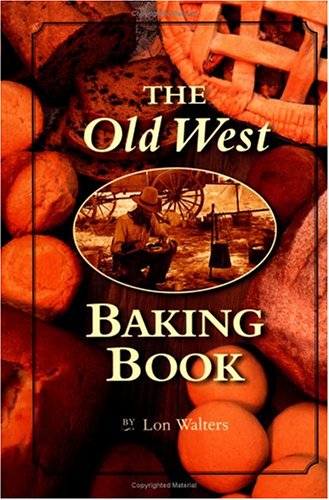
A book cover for Old West Baking Book (Cookbooks and Restaurant Guides); Lon Walters; Cookbooks, Food & Wine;